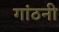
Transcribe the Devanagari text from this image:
गांठनी